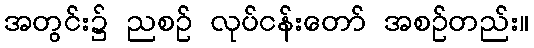
အတွင်း၌ ညစဉ် လုပ်ငန်းတော် အစဉ်တည်း။